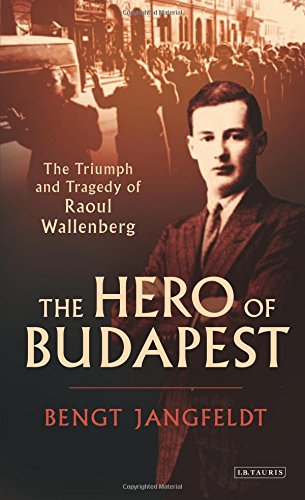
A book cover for The Hero of Budapest: The Triumph and Tragedy of Raoul Wallenberg; Bengt Jangfeldt; History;